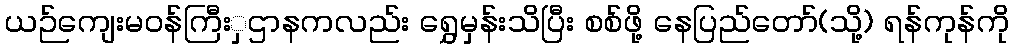
ယဉ်ကျေးမဝန်ကြီးှဌာနကလည်း ရွှေမှန်းသိပြီး စစ်ဖို့ နေပြည်တော်(သို့) ရန်ကုန်ကို